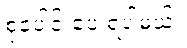
စုပေါင်းပေးရပါ့မယ်။